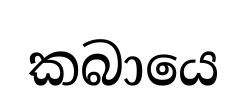
කබායෙ